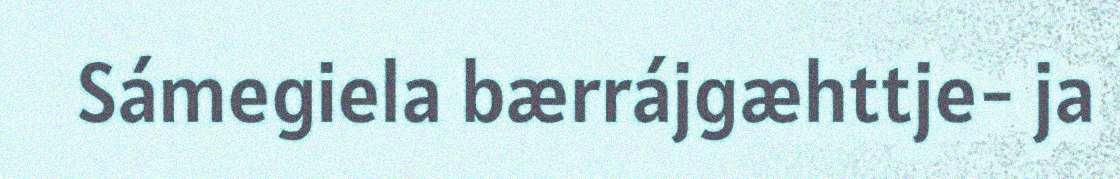
Sámegiela bærrájgæhttje- ja